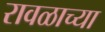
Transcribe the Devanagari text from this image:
रावळाच्या